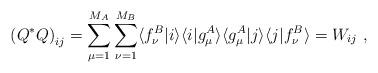
LaTeX: \begin{align*}\left( Q^* Q \right)_{ij} = \sum_{\mu=1}^{M_A} \sum_{\nu=1}^{M_B} \langle f_\nu^B \vert i \rangle \langle i \vert g_\mu^A \rangle \langle g_\mu^A \vert j \rangle \langle j \vert f_\nu^B \rangle = W_{ij} \ , \end{align*}